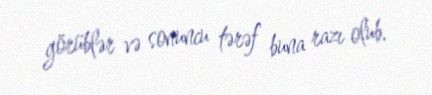
görüblər və sonuncu tərəf buna razı olub.